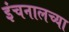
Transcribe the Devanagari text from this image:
इंचनालच्या